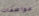
مواصفات